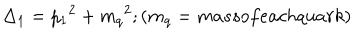
\Delta _ { 1 } = { p _ { 1 } } ^ { 2 } + { m _ { q } } ^ { 2 } ; ( m _ { q } = m a s s o f e a c h q u a r k )